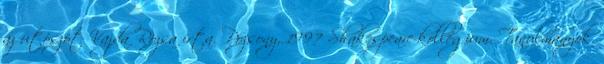
az utószót Vajda Rózsa írta. Pozsony, 1997 Shakespeare-kollégium. Tanulmányok.